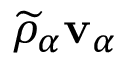
\widetilde { \rho } _ { \alpha } \mathbf { v } _ { \alpha }